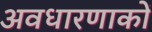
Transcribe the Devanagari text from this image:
अवधारणाकों